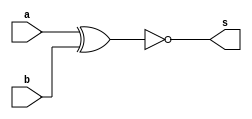
// -------------------------
// Exercicio003 - xnor
// Nome: Rafael Guimaraes de Sousa
// -------------------------

module xnorgate (output s, input a, input b);
assign s = ~(a^b);
endmodule

module testeXnor;

wire s;
reg a, b;

xnorgate XNO1 (s,a,b);

initial begin:start

a=0;
b=0;

end

initial begin:main
$display("Exercicio 003 - Rafael Guimaraes de Sousa - 451607");
$display("Test xnor:");
$monitor("%d\t%b xnor %b = %b", $time, a, b, s);
#1 a = 0;b=1;
#1 a=1; b=0;
#2 a = 1;b=1;
end
endmodule